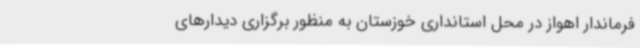
فرماندار اهواز در محل استانداری خوزستان به منظور برگزاری دیدارهای